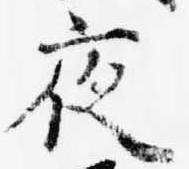
夜